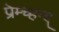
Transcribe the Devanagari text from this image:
प्रेम्च्हन्द्